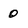
Character: 0